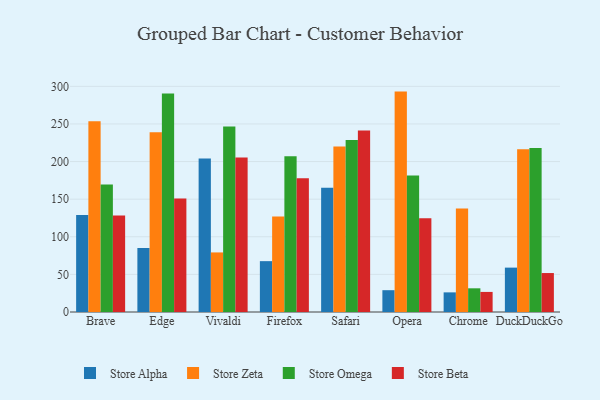
{"axis": {"x": "Browser", "y": "Inventory Turnover"}, "legend": ["Store Alpha", "Store Beta", "Store Omega", "Store Zeta"], "data": [{"x": "Brave", "y": 128.8, "type": "Store Alpha"}, {"x": "Brave", "y": 253.7, "type": "Store Zeta"}, {"x": "Brave", "y": 169.5, "type": "Store Omega"}, {"x": "Brave", "y": 128.4, "type": "Store Beta"}, {"x": "Edge", "y": 85.1, "type": "Store Alpha"}, {"x": "Edge", "y": 238.8, "type": "Store Zeta"}, {"x": "Edge", "y": 290.4, "type": "Store Omega"}, {"x": "Edge", "y": 150.9, "type": "Store Beta"}, {"x": "Vivaldi", "y": 203.9, "type": "Store Alpha"}, {"x": "Vivaldi", "y": 79.2, "type": "Store Zeta"}, {"x": "Vivaldi", "y": 246.7, "type": "Store Omega"}, {"x": "Vivaldi", "y": 205.4, "type": "Store Beta"}, {"x": "Firefox", "y": 67.6, "type": "Store Alpha"}, {"x": "Firefox", "y": 126.9, "type": "Store Zeta"}, {"x": "Firefox", "y": 207.2, "type": "Store Omega"}, {"x": "Firefox", "y": 177.9, "type": "Store Beta"}, {"x": "Safari", "y": 165.2, "type": "Store Alpha"}, {"x": "Safari", "y": 220.1, "type": "Store Zeta"}, {"x": "Safari", "y": 228.8, "type": "Store Omega"}, {"x": "Safari", "y": 241.3, "type": "Store Beta"}, {"x": "Opera", "y": 29.0, "type": "Store Alpha"}, {"x": "Opera", "y": 293.0, "type": "Store Zeta"}, {"x": "Opera", "y": 181.4, "type": "Store Omega"}, {"x": "Opera", "y": 124.5, "type": "Store Beta"}, {"x": "Chrome", "y": 26.1, "type": "Store Alpha"}, {"x": "Chrome", "y": 137.5, "type": "Store Zeta"}, {"x": "Chrome", "y": 31.5, "type": "Store Omega"}, {"x": "Chrome", "y": 26.7, "type": "Store Beta"}, {"x": "DuckDuckGo", "y": 59.0, "type": "Store Alpha"}, {"x": "DuckDuckGo", "y": 216.5, "type": "Store Zeta"}, {"x": "DuckDuckGo", "y": 218.0, "type": "Store Omega"}, {"x": "DuckDuckGo", "y": 51.8, "type": "Store Beta"}]}